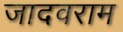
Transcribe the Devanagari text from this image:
जादवराम